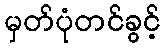
မှတ်ပုံတင်ခွင့်